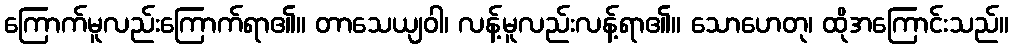
ကြောက်မူလည်းကြောက်ရာ၏။ တာသေယျဝါ၊ လန့်မူလည်းလန့်ရာ၏။ သောဟေတု၊ ထိုအကြောင်းသည်။